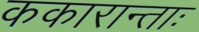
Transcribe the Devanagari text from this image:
ककारान्ताः